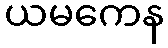
ယမကေန